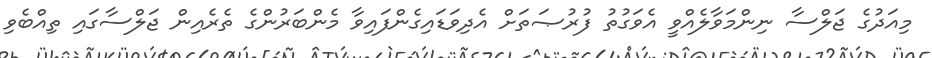
މިއަދުގެ ޖަލްސާ ނިންމަވާލެއްވީ އެވަގުތު ފުރުޞަތަށް އެދިވަޑައިގެންފައިވާ މެންބަރުންގެ ތެރެއިން ޖަލްސާގައި ތިއްބެވި